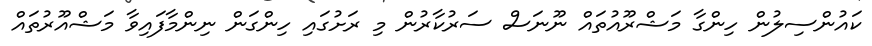
ކައުންސިލުން ހިންގާ މަޝްރޫއުތައް ނޫނަސް ސަރުކާރުން މި ރަށުގައި ހިންގަން ނިންމާފައިވާ މަޝްއޫރުތައް